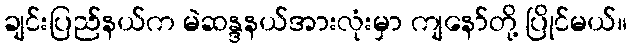
ချင်းပြည်နယ်က မဲဆန္ဒနယ်အားလုံးမှာ ကျနော်တို့ ပြိုင်မယ်။